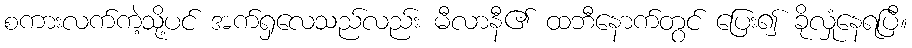
စကားလက်ကဲ့သို့ပင် အက်ရှလေသည်လည်း မီလာနီ၏ ထဘီနောက်တွင် ပြေး၍ ခိုလှုံနေရပြီ။